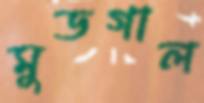
মুডগাল